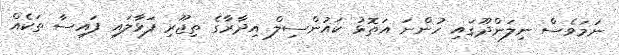
ނަމަވެސް ނިލަންދޫގައި ހުންނަ އަތޮޅު ކައުންސިލް އިދާރާގެ ތިޖޫރި ފަޅާލައި ފައިސާ ތަކެއް